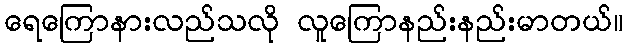
ရေကြောနားလည်သလို လူကြောနည်းနည်းမာတယ်။